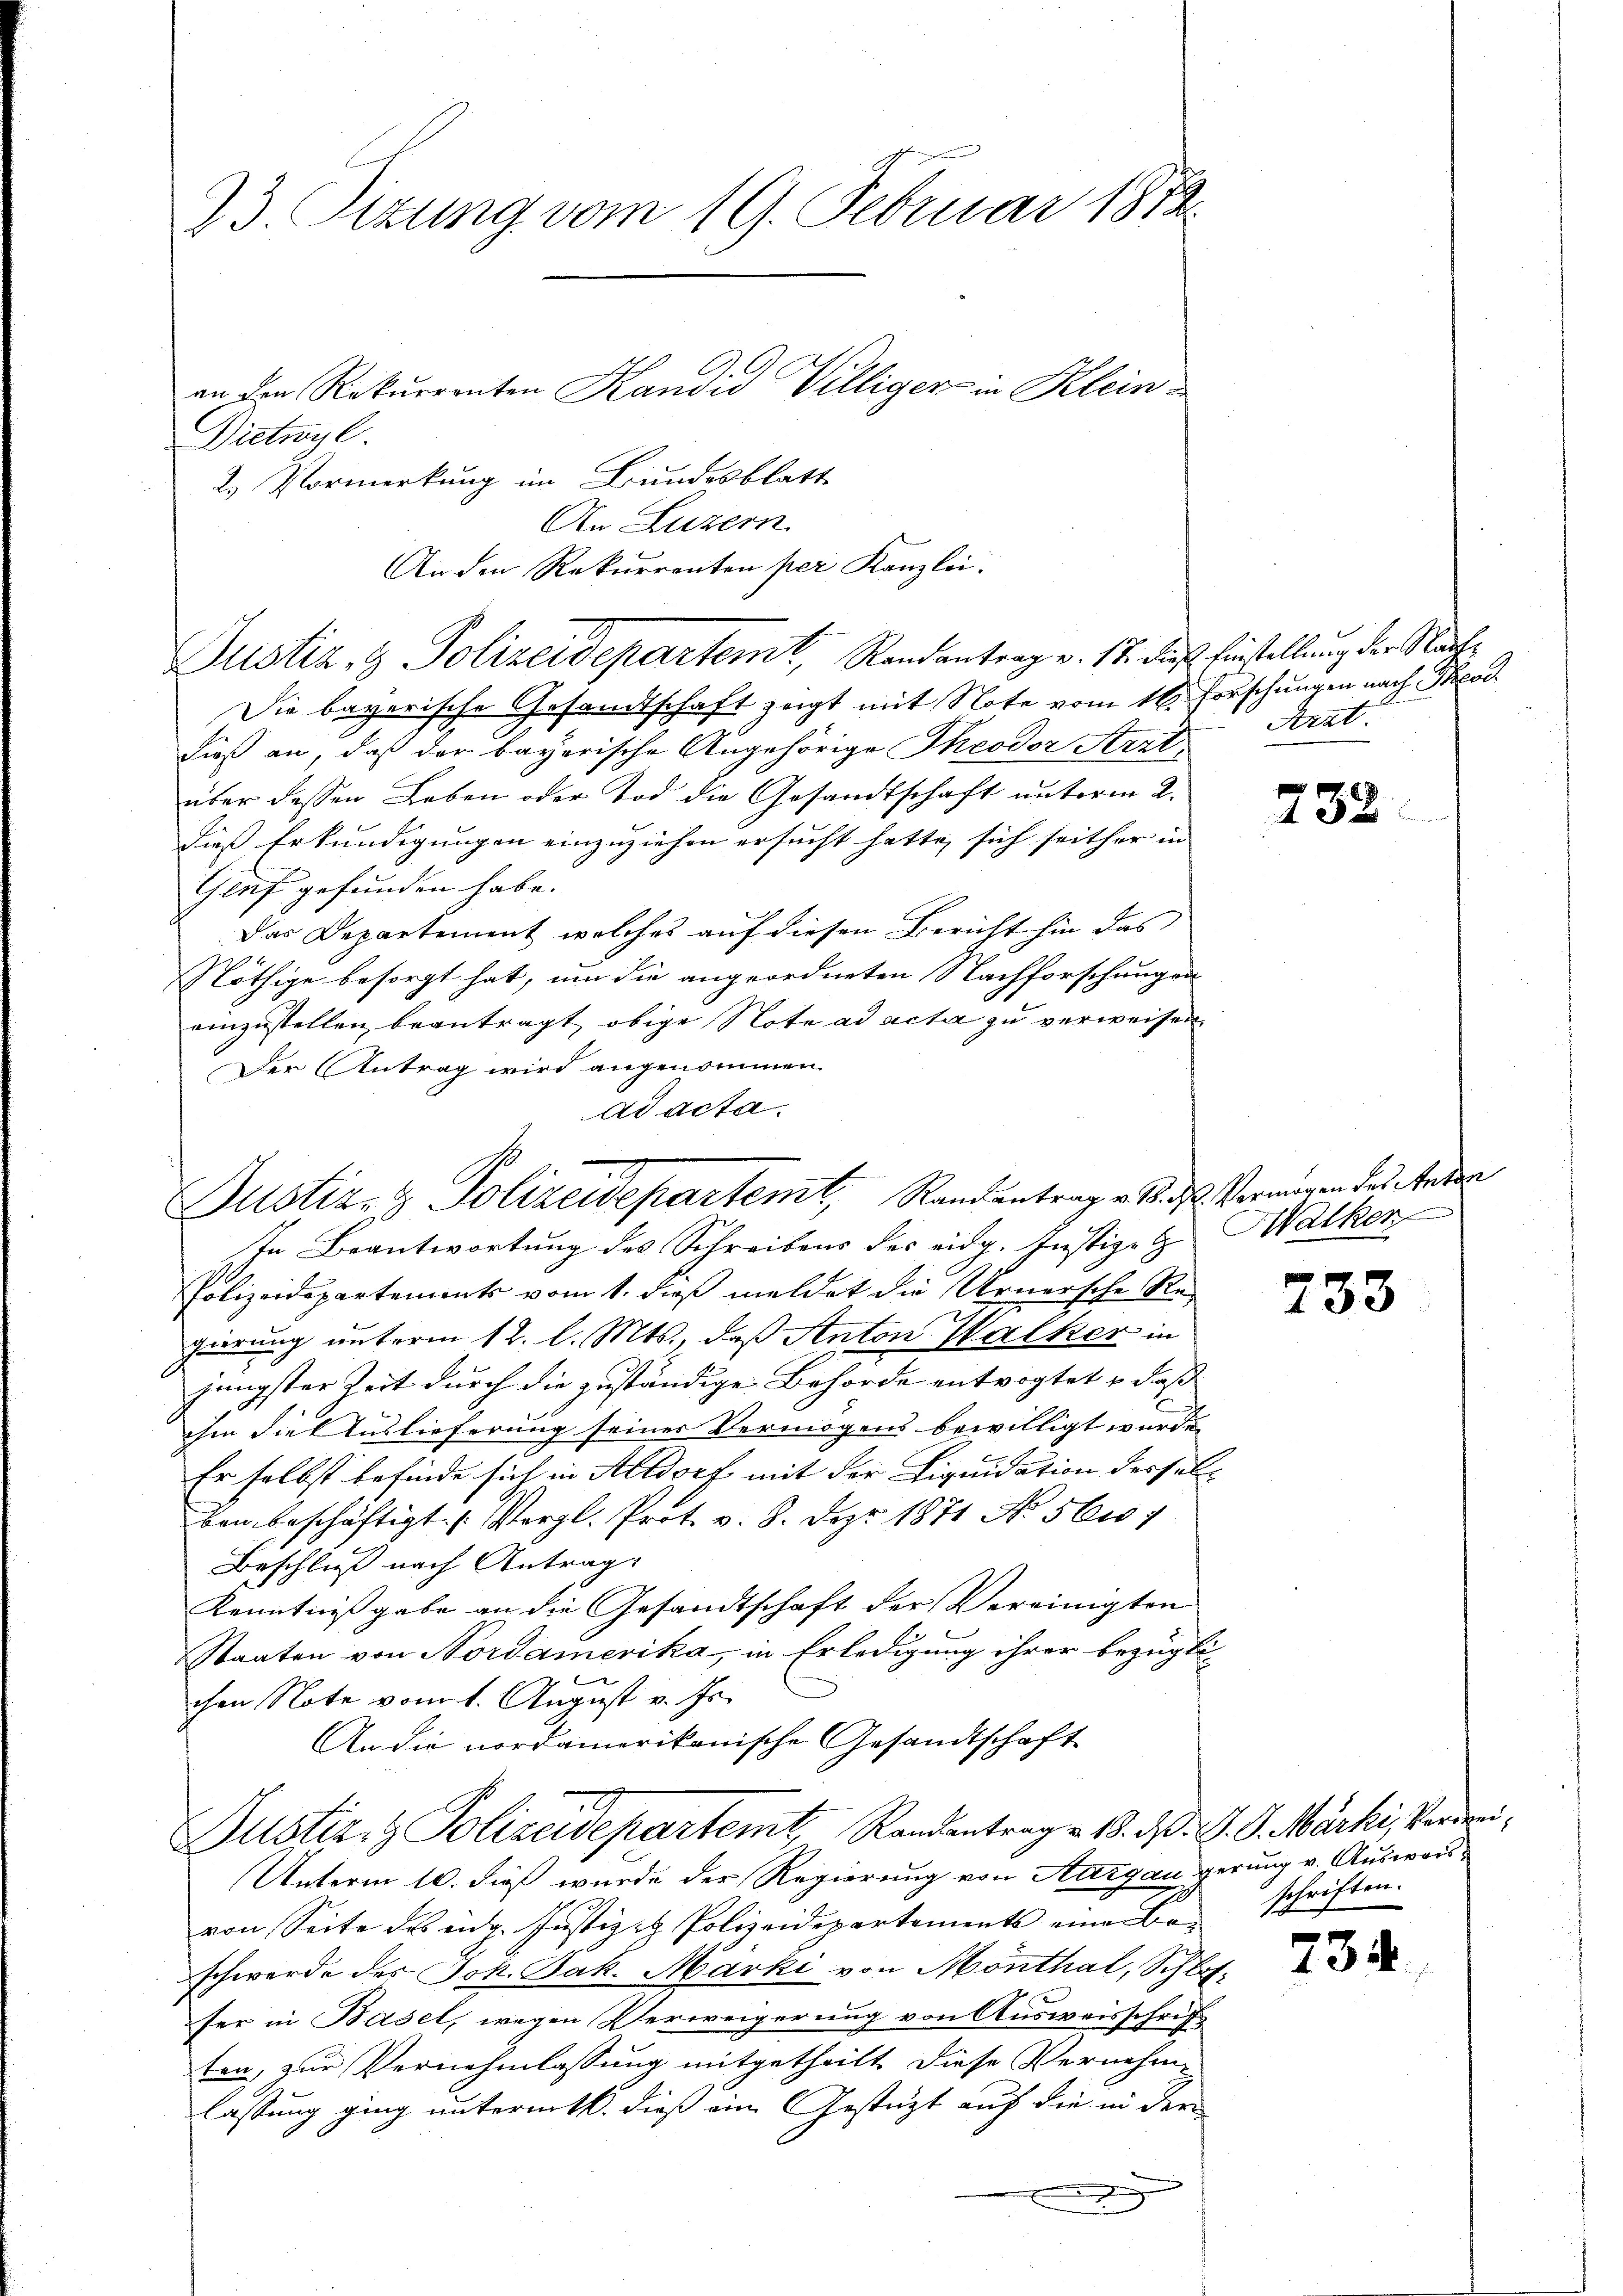
23. Sizung vom 19. Februar 1872.

Dietwyl
2.) Vormerkung im Bundesblatt
An Luzern.
An den Rekurrenten per Kanzlei.
Justiz- & Polizeidepartemt, Randantrag v. 17. dieß. Einstellung der Nach¬
Die bayerische Gesandtschaft zeigt mit Note vom 16. Forschungen nach Theod
Dieß an, daß der bayerische Angehörige Theodor Arzt,
über dessen Leben oder Tod die Gesandtschaft unterm 2.
dieß Erkundigungen einzuziehen ersucht hatte, sich seither in
Gluf gefunden habe. |
Das Departement welches auf diesen Bericht hin das
Nöthige besorgt hat, um die angeordneten Nachforschungen
einzustellen beantragt, obige Note ad acta zu verweisen.
Der Antrag wird angenommen.
ad acta.

an den Rekurrenten Kandid Villiger in Klein¬

In Beantwortung des Schreibens des eidg. Justizen
Polizeidepartements vom 1. dieß meldet die Urnersche Regierung unterm 12. l. Mts., daß Anton Walker in
jüngster Zeit durch die zuständige Behörde entvogtet & daß
ihm die Auslieferung seiner Vermögens bewilligt wurde.
Er selbst befinde sich in Altdorf mit der Liquidation derselben beschäftigt. (Vergl. Prot. v. 8. Dez. 1871 No 561
Beschluß nach Antrag
Kenntnißgabe an die Gesandtschaft der Vereinigten
Staaten von Nordamerika, in Erledigung ihrer bezügli
chen Note vom 1. August v. Js.
An die nordamerikanische Gesandtschaft
.
Justiz- & Polizeidepartemt, Randantrag v. 18. d. J. G. Märki, Verwei¬
Unterm 10. dieß wurde der Regierung von Aargau gerung v. Auswort
von Seite des ing. Justizet Polizeidepartements eine Lie
schwerde der Joh. Jak. Marki von Monthal, Schlosser in Basel, wegen Verweigerung von Ausweisschrift
ten, zur Vernehmlassung mitgetheilt. Diese Vernehm-
lassung ging unterm 16. dieß ein Gestützt auf die in der
.

Rustiz- & Polizeidepartemt, Randantrag v. M. das Vermögen des Ander

Arat.

232

Walken

733

schriften.

734